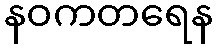
နဝကတရေန